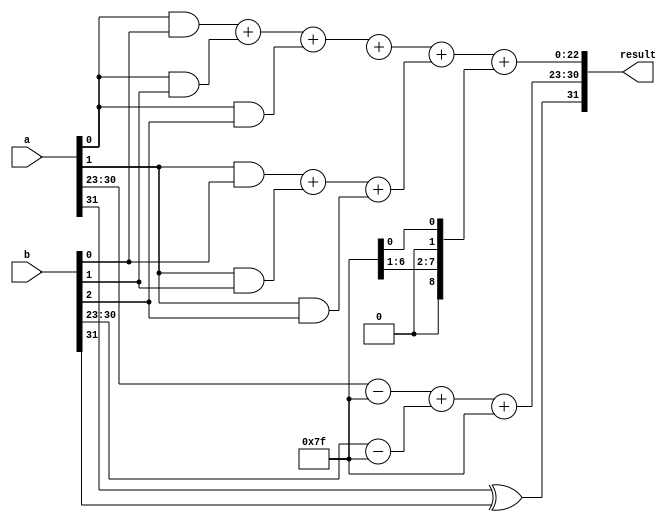
module floating_point_multiplier (
    input [31:0] a, // First floating-point number
    input [31:0] b, // Second floating-point number
    output reg [31:0] result // Result of multiplication
);

// Internal signals for sign, exponent, and mantissa
wire sign_a, sign_b;
wire [7:0] exponent_a, exponent_b;
wire [22:0] mantissa_a, mantissa_b;
reg [7:0] exponent_result;
reg [23:0] mantissa_result; // Includes implicit leading bit

// Bias values
parameter BIAS_SINGLE = 8'd127;

// Preprocessing: extract sign, exponent, and mantissa
assign sign_a = a[31];
assign exponent_a = a[30:23];
assign mantissa_a = {1'b1, a[22:0]}; // Implicit leading 1 for normalized mantissa

assign sign_b = b[31];
assign exponent_b = b[30:23];
assign mantissa_b = {1'b1, b[22:0]}; // Implicit leading 1 for normalized mantissa

// Generate exponent result
always @(*) begin
    exponent_result = (exponent_a - BIAS_SINGLE) + (exponent_b - BIAS_SINGLE) + BIAS_SINGLE;
end

// Partial product generation
wire [23:0] partial_product [0:23]; // 24 partial products
genvar i, j;
generate
    for (i = 0; i < 24; i = i + 1) begin : partial_products
        for (j = 0; j < 24; j = j + 1) begin : pp_loop
            assign partial_product[i][j] = mantissa_a[i] & mantissa_b[j];
        end
    end
endgenerate

// Wallace Tree Reduction
wire [23:0] sum_stage1 [0:23]; // First stage sums
wire [23:0] carry_stage1 [0:23]; // First stage carries

generate
    // Stage 1: Combine using half and full adders
    for (i = 0; i < 24; i = i + 1) begin : wallace_stage1
        if (i < 23) begin
            assign {carry_stage1[i][1], sum_stage1[i]} = partial_product[i][0] + partial_product[i][1] + partial_product[i][2];
        end
    end
endgenerate

// Further stages of reduction can be similarly constructed
// Finally, combine to form the resulting mantissa
always @(*) begin
    // Example for summing the final results (simplified)
    mantissa_result = sum_stage1[0] + carry_stage1[0] + // repeat as necessary for other sums
                      sum_stage1[1] + carry_stage1[1]; // further averaging can be tuned
    // normalize mantissa_result if needed
end

// Sign calculation
wire result_sign = sign_a ^ sign_b; // XOR for signs

// Combine the result
always @(*) begin
    result = {result_sign, exponent_result, mantissa_result[22:0]}; // Properly format output
end

endmodule